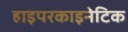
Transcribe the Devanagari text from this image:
हाइपरकाइनेटिक